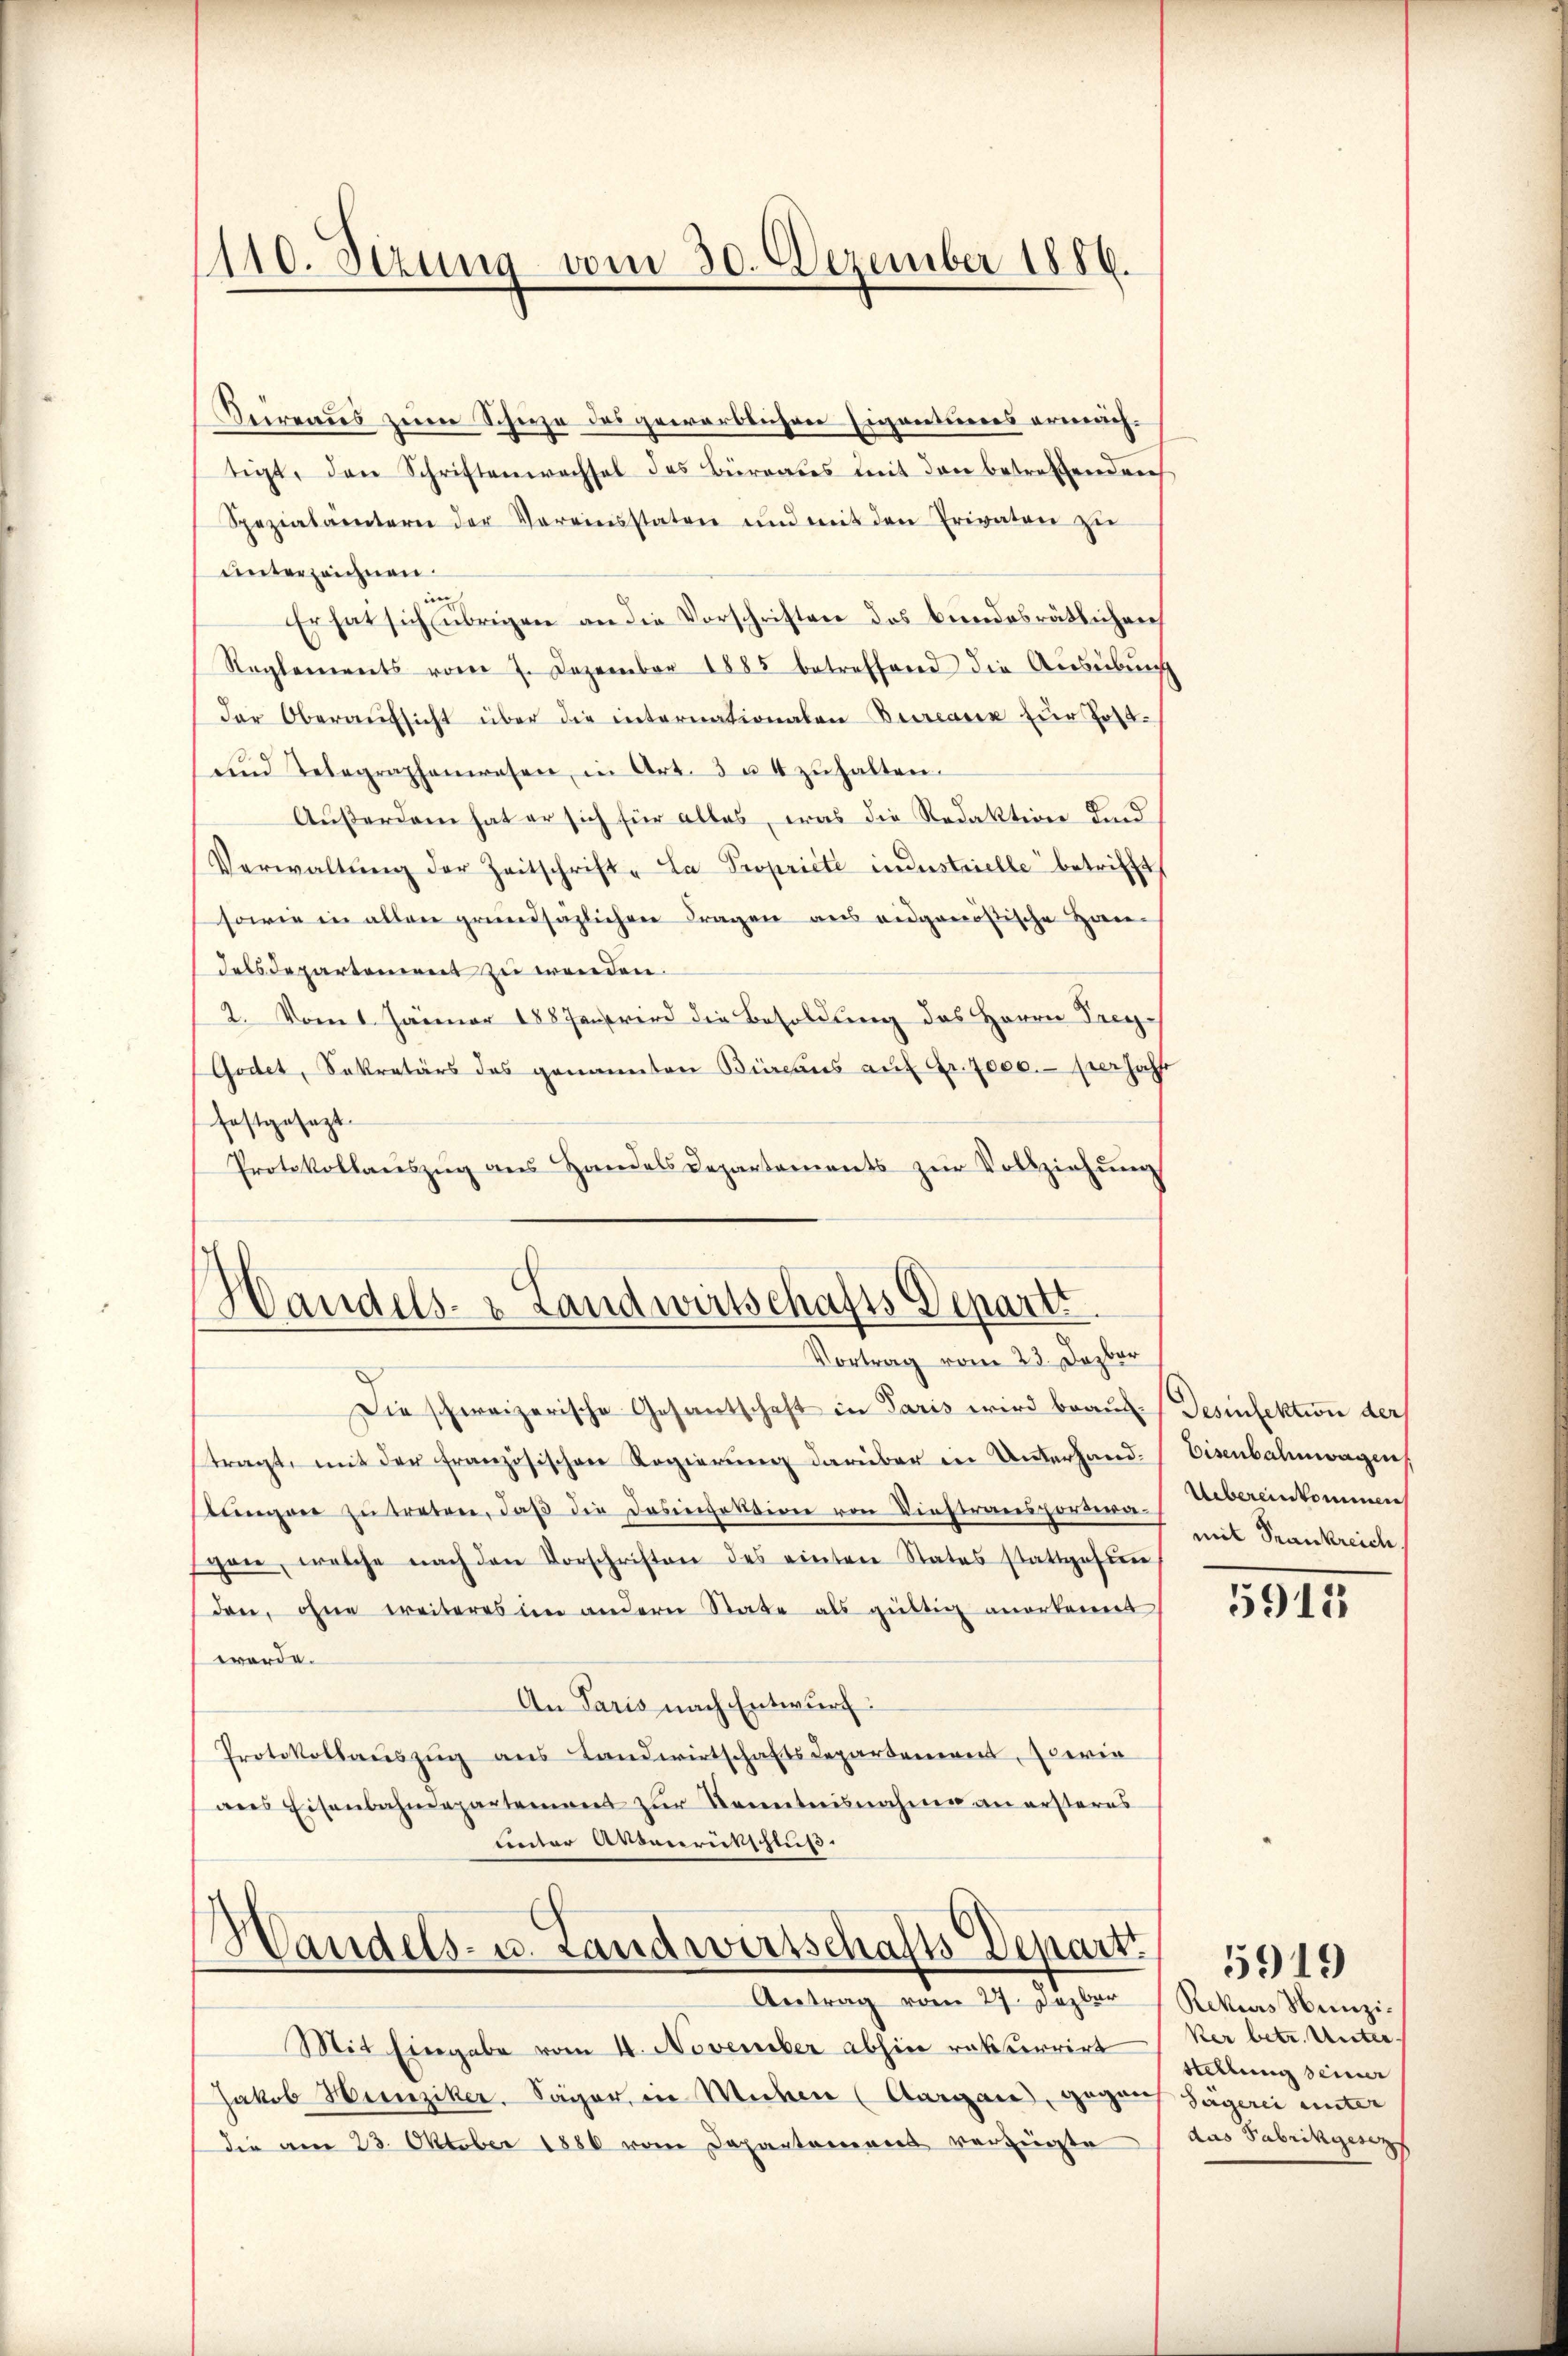
1110. Setzung vom 30. Dezember 1886.

Kuirraus zum Schuze des gewerblichen Eigentumes ermächtigt, den Schriftenwechsel des Bürrates mit den betreffenden
Spezialämtern der Vereinsstaten und mit den Privaten zŭ
unterzeichnen.
in
Er hat sich übrigen an die Vorschriften das bundesrätlichen
Reglements vom 7. Dezember 1885 betreffend die Ausübung
der Oberaŭfsicht über die internationalen Bureau zur Tott-
und Telegraphenwesen in Art. 3 u. 4 zŭhalten.
Außerdam hat er sich für alles, was die Redaktion und
Verwaltŭng der Zeitschrift „La Propriété industrielle betrifft
sowie in allen grundsätzlichen Fragen aus eidgenößische Haudelsdepartement zu werden.
2. Vom 1. Jänner 1887 wird die Besoldung des Herrn Prey-
Godet, Sekretärs des genannten Büreaus auf Gr. 7000.- perjahr
festgesezt.
Protokollaŭszŭg ans Handels Departements zŭr Vollziehŭng

Handels- & Landwirtschafts Departi
Vortrag vom 23. Dezbr

Die schweizerische Gesantschaft in Paris wird braut. Desinfektion der
tragt mit der französischen Regierŭng darüber in Unterhand-
stŭngen zŭ treten, daβ die Dosinfektion von Viehtransportera-Uebereinkommen
spon, welche nach den Vorschriften des einten States stattgefun
den, ohne weiteres im andern State als gültig anerkannt
werde.
An Paris nach Entwurf:
Protokollaŭszŭg ans Landwirtschaftsdepartement, sowie
ans Eisenbahndepartement zŭr Kenntnisnahme an ersteres
unter Absenrutschluß.

Handels- u. Landwirtschafts Depart
Antrag vom 27. Juzber

Mit Eingabe vom 4. November abhin rekurrirt
Jakob Hunziker. Säger in Michen (Aargau, gegens
Die am 23. Oktober 1886 vom Departement verfügte

Eisenbahnwagen
mit Frankreich

5915

Rekurs Munziker betr. Unter
stellung seiner
Jägerei unter
das Fabrikgesez

5919